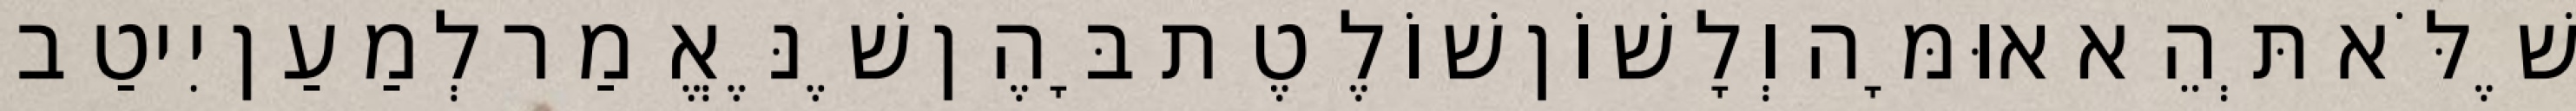
שֶׁלֹּא תְּהֵא אוּמָּה וְלָשׁוֹן שׁוֹלֶטֶת בָּהֶן שֶׁנֶּאֱמַר לְמַעַן יִיטַב